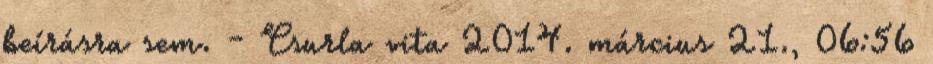
beírásra sem. - Csurla vita 2014. március 21., 06:56